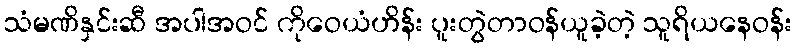
သံမဏိနှင်းဆီ အပါအဝင် ကိုဝေယံဟိန်း ပူးတွဲတာဝန်ယူခဲ့တဲ့ သူရိယနေဝန်း